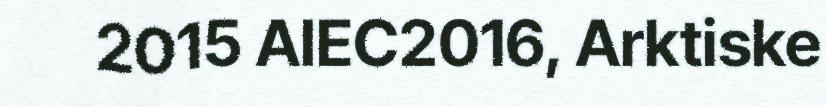
2015 AIEC2016, Arktiske